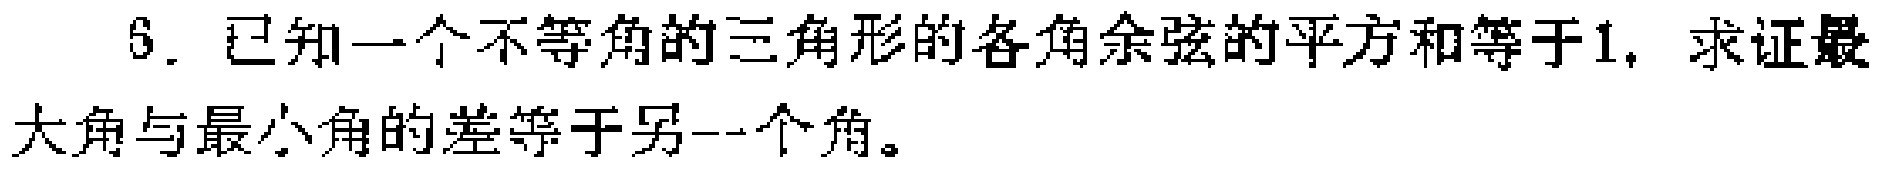
6. 已知一个不等角的三角形的各角余弦的平方和等于1，求证最大角与最小角的差等于另一个角。